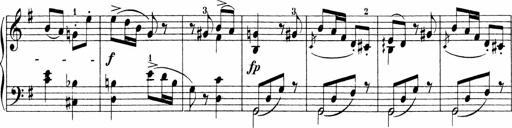
Title: 3 Sonatinas
Composer: Carl Reinecke